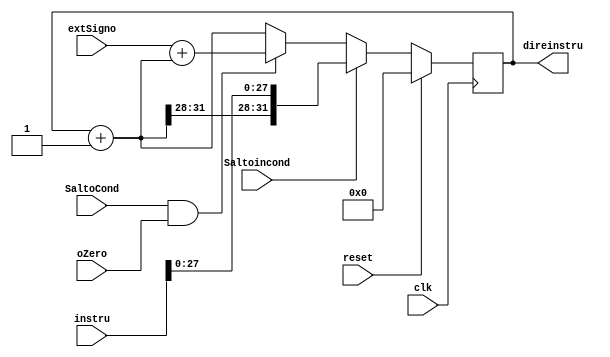
module pc(
    input  SaltoCond,
	input Saltoincond,
	input [31:0] extSigno, 
	input oZero,
    input clk,
    input reset,
	input [31:0]instru,
    output reg [31:0] direinstru
    );
    
    
	wire [31:0] sum2sum;
    wire [31:0] salSum2;
	wire FuentePC; // salida de la and, entrada del mux
	wire [31:0] sal2PC;
	wire [31:0] mux2mux;
	//reg Freg;

    parameter init = 0;
    
    //assign direinstru = reset==1 ? 32'b0000_0000_0000_0000_0000_0000_0000_0000 :sal2PC ;
  
    assign salSum2 =  extSigno + sum2sum;//{extSigno[29:0],2'b00};
    assign sum2sum = direinstru +1;
    assign sal2PC = (Saltoincond)? {sum2sum[31:28],instru[27:0]} : mux2mux;
    assign FuentePC = SaltoCond & oZero;
	assign mux2mux = FuentePC ? salSum2 : sum2sum;
	//assign mux2mux1 = FuentePC ? salSum2 : mux2mux;
	//assign Freg =FuentePC;

    //****************************
    //REVISAR SIGUIENTE LINEA
    //assign direinstru= (direinstru==32)? 0 : direinstru;
   /* always @ (*)
        begin 
            if(Freg==1)
                direinstru = salSum2;
        end
   */
 
    always @(posedge clk)
        begin
           // sum2sum= direinstru +1;
           if (reset==1)
                direinstru = 32'b0000_0000_0000_0000_0000_0000_0000_0000;
                
           else

                    direinstru = sal2PC;
       
                
            //FuentePC = SaltoCond & oZero;

    

        /*
            if (FuentePC==1)
                begin
                   mux2mux = salSum2;
                end
                 
            else
				begin
                    mux2mux = sum2sum;          
				end

		
            
                      
            if (direinstru == 255)
                begin
                   sum2sum = 0;
                end
            else
                   sum2sum = direinstru;*/
        end
            
    endmodule